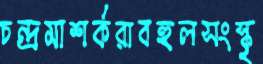
চন্দ্রমাশর্করাবহুলসংস্কৃ